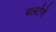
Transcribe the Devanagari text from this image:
पलटेगें